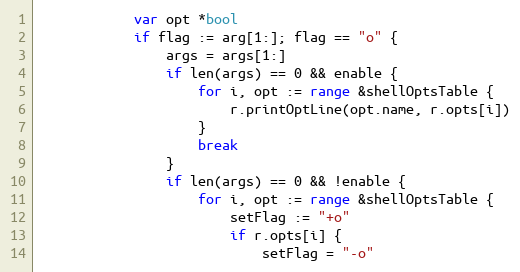
Language: Go
			var opt *bool
			if flag := arg[1:]; flag == "o" {
				args = args[1:]
				if len(args) == 0 && enable {
					for i, opt := range &shellOptsTable {
						r.printOptLine(opt.name, r.opts[i])
					}
					break
				}
				if len(args) == 0 && !enable {
					for i, opt := range &shellOptsTable {
						setFlag := "+o"
						if r.opts[i] {
							setFlag = "-o"